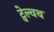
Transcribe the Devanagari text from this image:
ट्वेल्वथ